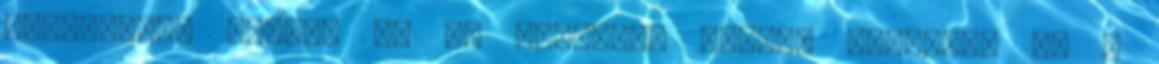
kezdeteibe avatja be az olvasót. Nagyon ideillik az a